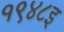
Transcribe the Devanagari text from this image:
१९४८इ